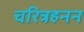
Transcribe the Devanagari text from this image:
चरित्रहनन